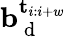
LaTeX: \mathbf{b}_{\mathrm{~d~}}^{\mathbf{t}_{i:i+w}}